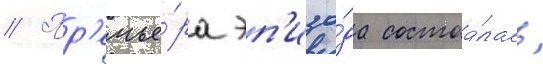
// Пр'емье́ра эп'изо́да состоа́лась